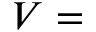
V =